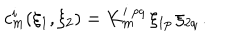
LaTeX: c _ { m } ^ { i } ( \xi _ { 1 } , \xi _ { 2 } ) = K _ { m } ^ { i ~ p q } \, \xi _ { 1 p } \, \xi _ { 2 q } \, .